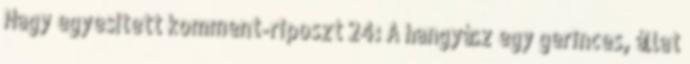
Nagy egyesített komment-riposzt 24: A hangyász egy gerinces, állat